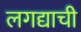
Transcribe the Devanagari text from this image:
लगद्याची